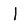
Character: I